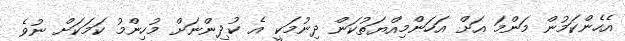
އެހެންކަމުން މަންމަ އަށް އަހަންމިއްޔަތުކަން ދިނުމަކީ އެ ކުދިންނަށް މުހިންމު ކަމަކަށް ނުވެ